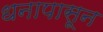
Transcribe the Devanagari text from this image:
धनापासून